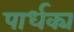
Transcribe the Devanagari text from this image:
पार्धक्य